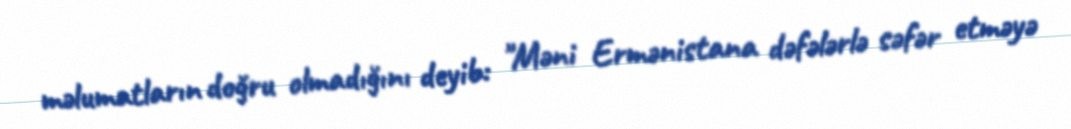
məlumatların doğru olmadığını deyib: "Məni Ermənistana dəfələrlə səfər etməyə